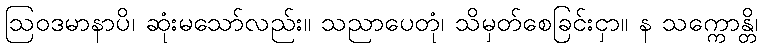
ဩဝဒမာနာပိ၊ ဆုံးမသော်လည်း။ သညာပေတုံ၊ သိမှတ်စေခြင်းငှာ။ န သက္ကောန္တိ၊